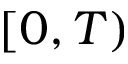
[ 0 , T )